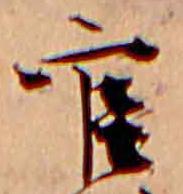
官